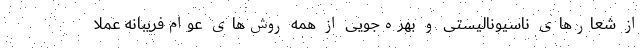
از شعارهای ناسیونالیستی و بهره‌جویی از همه روش‌های عوام‌فریبانه عملا